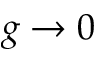
g \to 0